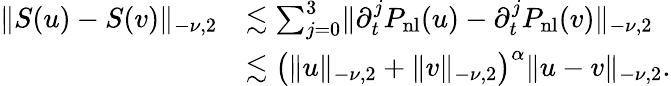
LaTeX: \begin{array}{rl}{\lVert S(u)-S(v)\rVert_{-\nu,2}}&{\lesssim\sum_{j=0}^{3}\lVert\partial_{t}^{j}P_{\mathrm{nl}}(u)-\partial_{t}^{j}P_{\mathrm{nl}}(v)\rVert_{-\nu,2}}\\ &{\lesssim\bigl(\lVert u\rVert_{-\nu,2}+\lVert v\rVert_{-\nu,2}\bigr)^{\alpha}\lVert u-v\rVert_{-\nu,2}.}\end{array}